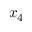
x _ { 4 }